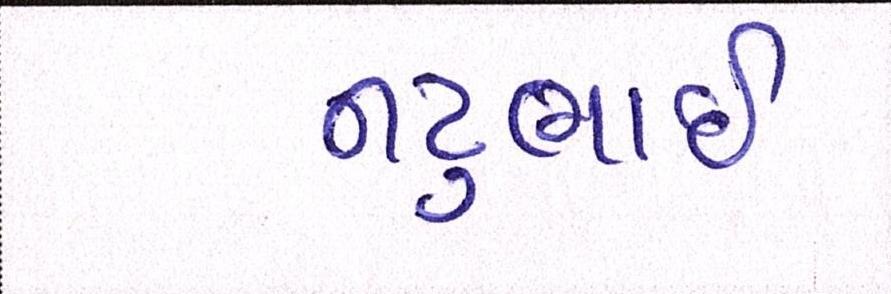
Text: નટુભાઈ